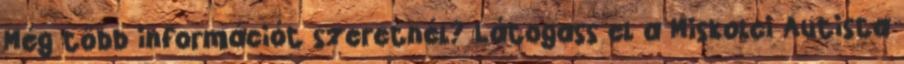
Még több információt szeretnél? Látogass el a Miskolci Autista